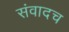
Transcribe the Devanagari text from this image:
संवादच